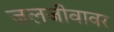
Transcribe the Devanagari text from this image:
जलजीवावर